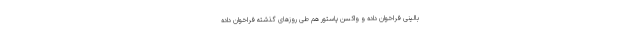
بالینی فراخوان داده و واکسن پاستور هم طی روزهای گذشته فراخوان داده